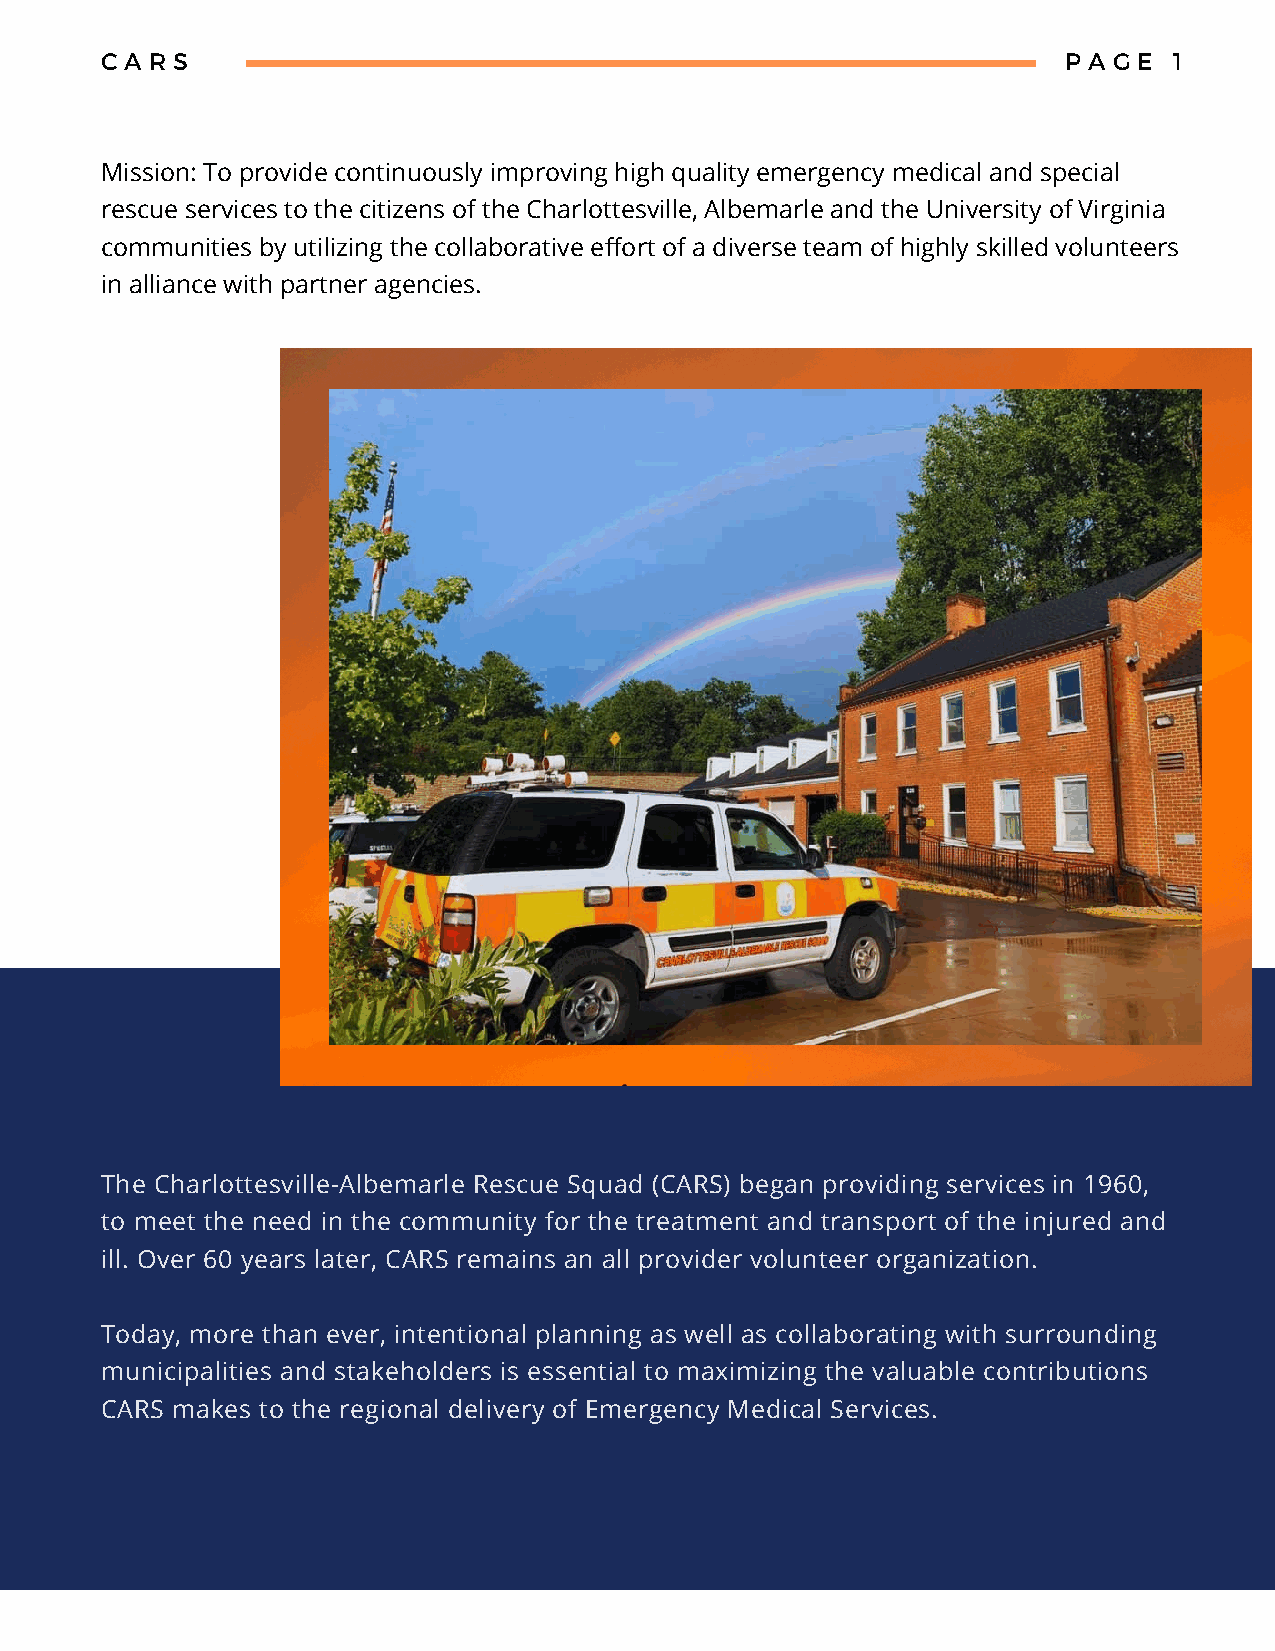
C A R S                                                         P A G E 1
 Mission: To provide continuously improving high quality emergency medical and special
 rescue services to the citizens of the Charlottesville, Albemarle and the University of Virginia
 communities by utilizing the collaborative effort of a diverse team of highly skilled volunteers
 in alliance with partner agencies.
 The Charlottesville-Albemarle Rescue Squad (CARS) began providing services in 1960,
 to meet the need in the community for the treatment and transport of the injured and
 ill. Over 60 years later, CARS remains an all provider volunteer organization.
 Today, more than ever, intentional planning as well as collaborating with surrounding
 municipalities and stakeholders is essential to maximizing the valuable contributions
 CARS makes to the regional delivery of Emergency Medical Services.